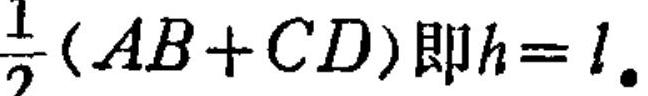
\(\dfrac{1}{2}(AB + CD)\)即\(h = l\).